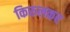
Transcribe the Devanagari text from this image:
किरुलकर